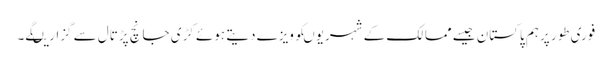
فوری طور پرہم پاکستان جیسے ممالک کے شہریوںکوویزے دیتے ہوئے کڑی جانچ پڑتال سے گزاریںگے۔